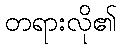
တရားလို၏